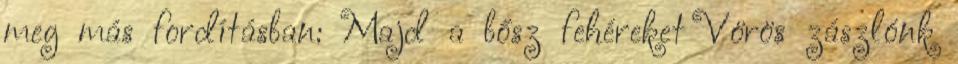
meg más fordításban: Majd a bősz fehéreket Vörös zászlónk